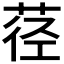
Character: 𱽮